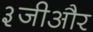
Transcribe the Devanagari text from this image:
३जीऔर